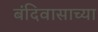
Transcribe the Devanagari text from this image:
बंदिवासाच्या